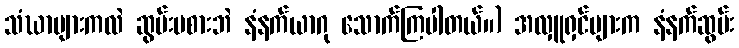
သံဃာများကလဲ ဆွမ်းမစားဘဲ နံနက်ယာဂု သောက်ကြပါတယ်။) အလှူရှင်များက နံနက်ဆွမ်း